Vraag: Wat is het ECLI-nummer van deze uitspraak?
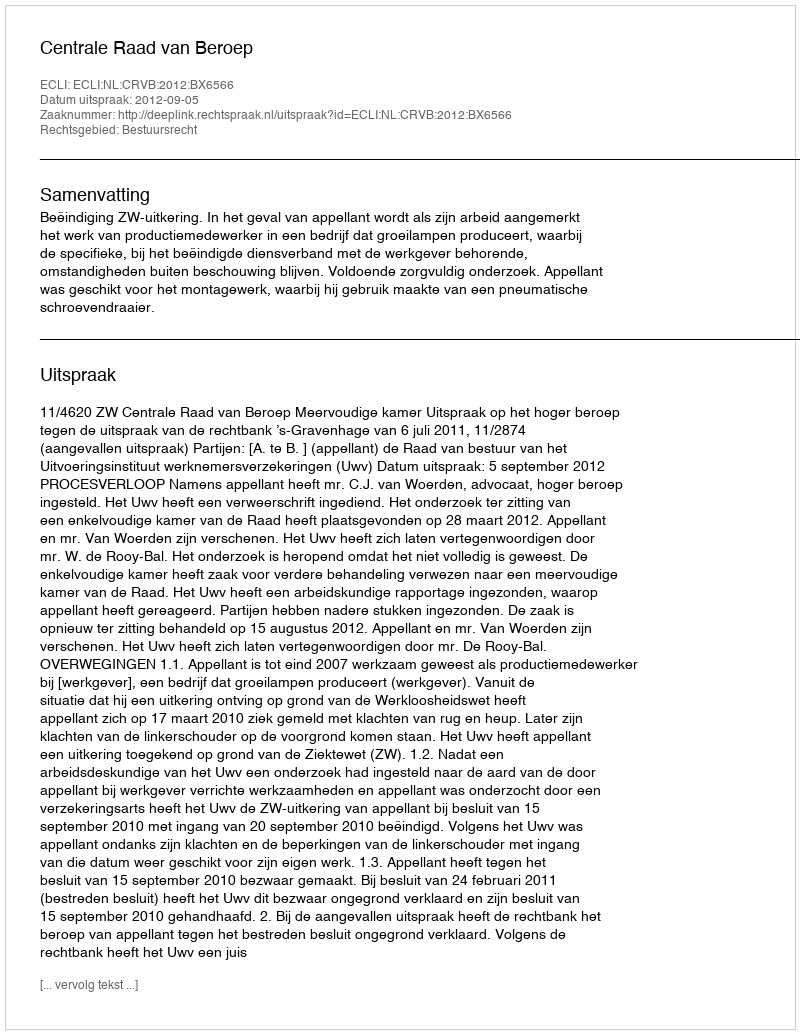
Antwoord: ECLI:NL:CRVB:2012:BX6566